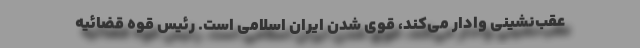
عقب‌نشینی وادار می‌کند، قوی شدن ایران اسلامی است. رئیس قوه قضائیه